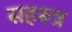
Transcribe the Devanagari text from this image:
सहरूत्र